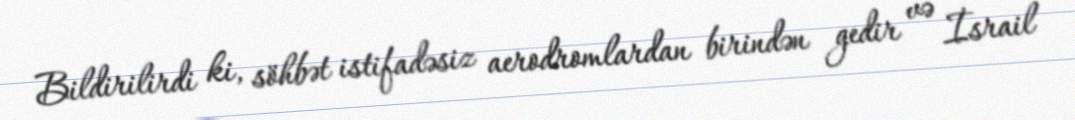
Bildirilirdi ki, söhbət istifadəsiz aerodromlardan birindən gedir və İsrail